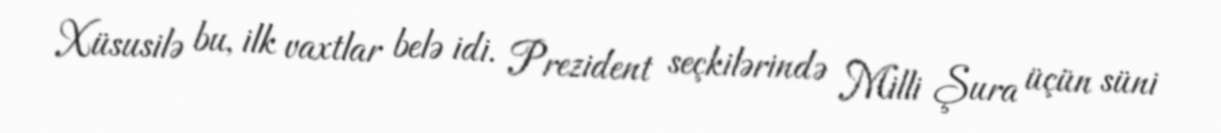
Xüsusilə bu, ilk vaxtlar belə idi. Prezident seçkilərində Milli Şura üçün süni